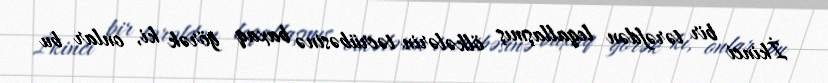
İkinci bir tərəfdən leqallaşmış ölkələrin təcrübəsinə baxaq görək ki, onlar bu